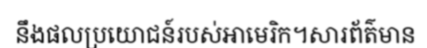
នឹងផលប្រយោជន៍របស់អាមេរិក។សារព័ត៌មាន